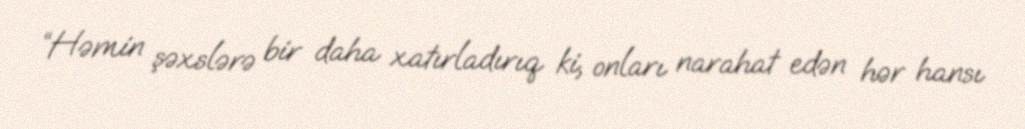
“Həmin şəxslərə bir daha xatırladırıq ki, onları narahat edən hər hansı